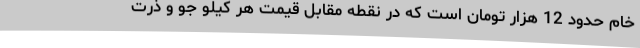
خام حدود 12 هزار تومان است که در نقطه مقابل قیمت هر کیلو جو و ذرت